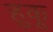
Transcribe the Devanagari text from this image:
हुकू